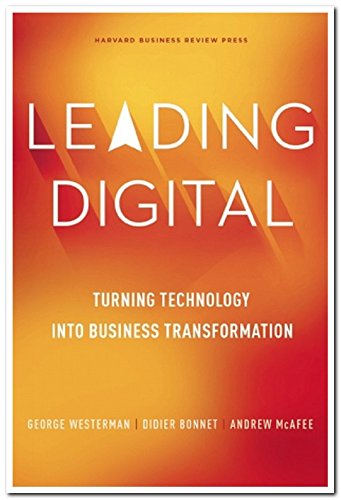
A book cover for Leading Digital: Turning Technology into Business Transformation; George Westerman; Business & Money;